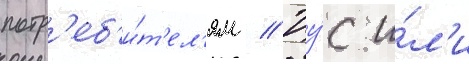
потр'еб'и́т'ел'ям // Цу́с и́л'и